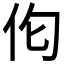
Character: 𪜪